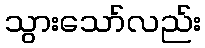
သွားသော်လည်း